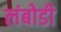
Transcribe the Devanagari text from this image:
लंबोडी